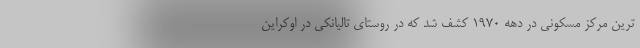
ترین مرکز مسکونی در دهه ۱۹۷۰ کشف شد که در روستای تالیانکی در اوکراین